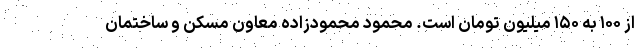
از ۱۰۰ به ۱۵۰ میلیون تومان است. محمود محمودزاده معاون مسکن و ساختمان